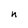
Character: n